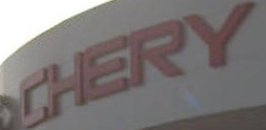
CHERY